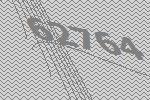
62764